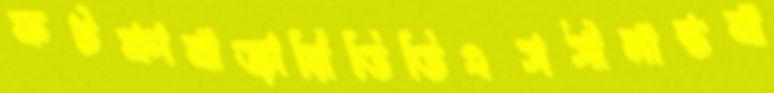
ফটকাবাজারিডিডিএসসীমান্তবা